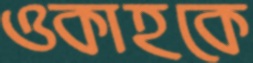
ওকাহকে